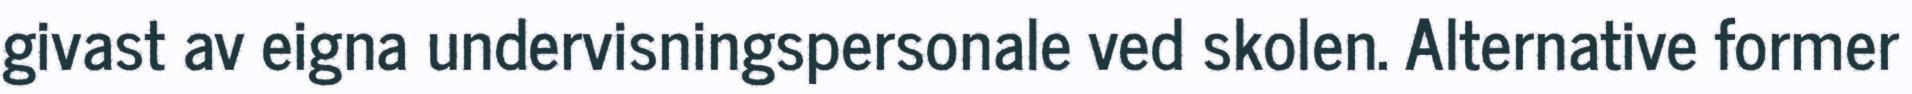
givast av eigna undervisningspersonale ved skolen. Alternative former